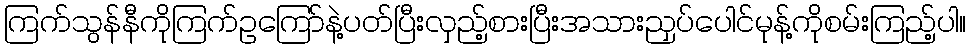
ကြက်သွန်နီကိုကြက်ဥကြော်နဲ့ပတ်ပြီးလှည့်စားပြီးအသားညှပ်ပေါင်မုန့်ကိုစမ်းကြည့်ပါ။